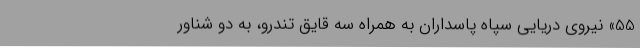
55» نیروی دریایی سپاه پاسداران به همراه سه قایق تندرو، به دو شناور